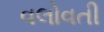
વલોવતી